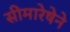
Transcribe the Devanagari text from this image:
सीमारेषेने